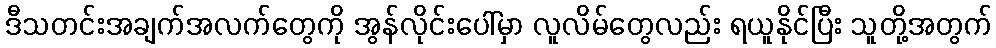
ဒီသတင်းအချက်အလက်တွေကို အွန်လိုင်းပေါ်မှာ လူလိမ်တွေလည်း ရယူနိုင်ပြီး သူတို့အတွက်